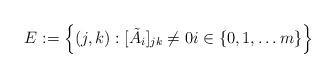
LaTeX: \begin{align*} E := \left\{ (j,k) : [\tilde A_i]_{jk} \ne 0 i \in \{0, 1, \ldots m \} \right\}\end{align*}